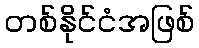
တစ်နိုင်ငံအဖြစ်